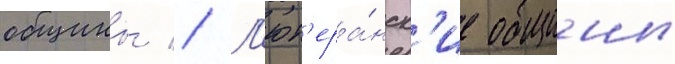
общины // Л'ют'ера́нск'ие общины